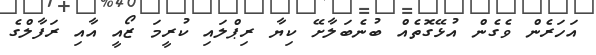
އަހަރެން ވެގެން އުޅޭގޮތެއް ބުނެބަލާށޭ ކިޔާ ރިޕްލައި ކުރީމަ ޒޯއީ އާއި ރަފާލްގެ